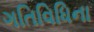
ગતિવિધિના